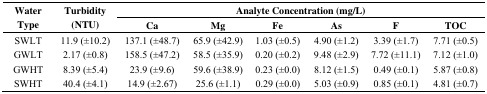
| <ROWSPAN=2> Water Type | <ROWSPAN=2> Turbidity (NTU) | <COLSPAN=6> Analyte Concentration (mg/L) |
 | Ca | Mg | Fe | As | F | TOC |
 | --- | --- | --- | --- | --- | --- | --- | --- |
 | SWLT | 11.9 (±10.2) | 137.1 (±48.7) | 65.9 (±42.9) | 1.03 (±0.5) | 4.90 (±1.2) | 3.39 (±1.7) | 7.71 (±0.5) |
 | GWLT | 2.17 (±0.8) | 158.5 (±47.2) | 58.5 (±35.9) | 0.20 (±0.2) | 9.48 (±2.9) | 7.72 (±11.1) | 7.12 (±1.0) |
 | GWHT | 8.39 (±5.4) | 23.9 (±9.6) | 59.6 (±38.9) | 0.23 (±0.0) | 8.12 (±1.5) | 0.49 (±0.1) | 5.87 (±0.8) |
 | SWHT | 40.4 (±4.1) | 14.9 (±2.67) | 25.6 (±1.1) | 0.29 (±0.0) | 5.03 (±0.9) | 0.85 (±0.1) | 4.81 (±0.7) |